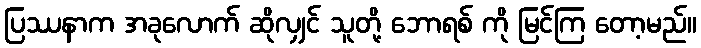
ပြဿနာက အခုလောက် ဆိုလျှင် သူတို့ ဘောရစ် ကို မြင်ကြ တော့မည်။